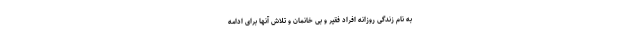
به نام زندگی روزانه افراد فقیر و بی خانمان و تلاش آنها برای ادامه